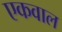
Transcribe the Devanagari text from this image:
एकवाल